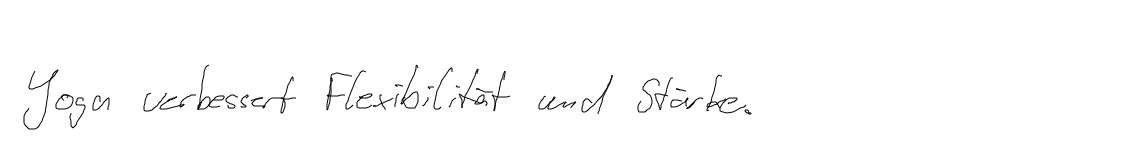
Yoga verbessert Flexibilität und Stärke.